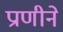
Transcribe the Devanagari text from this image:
प्राणीने